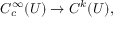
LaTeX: C _ { c } ^ { \infty } ( U ) \to C ^ { k } ( U ) ,